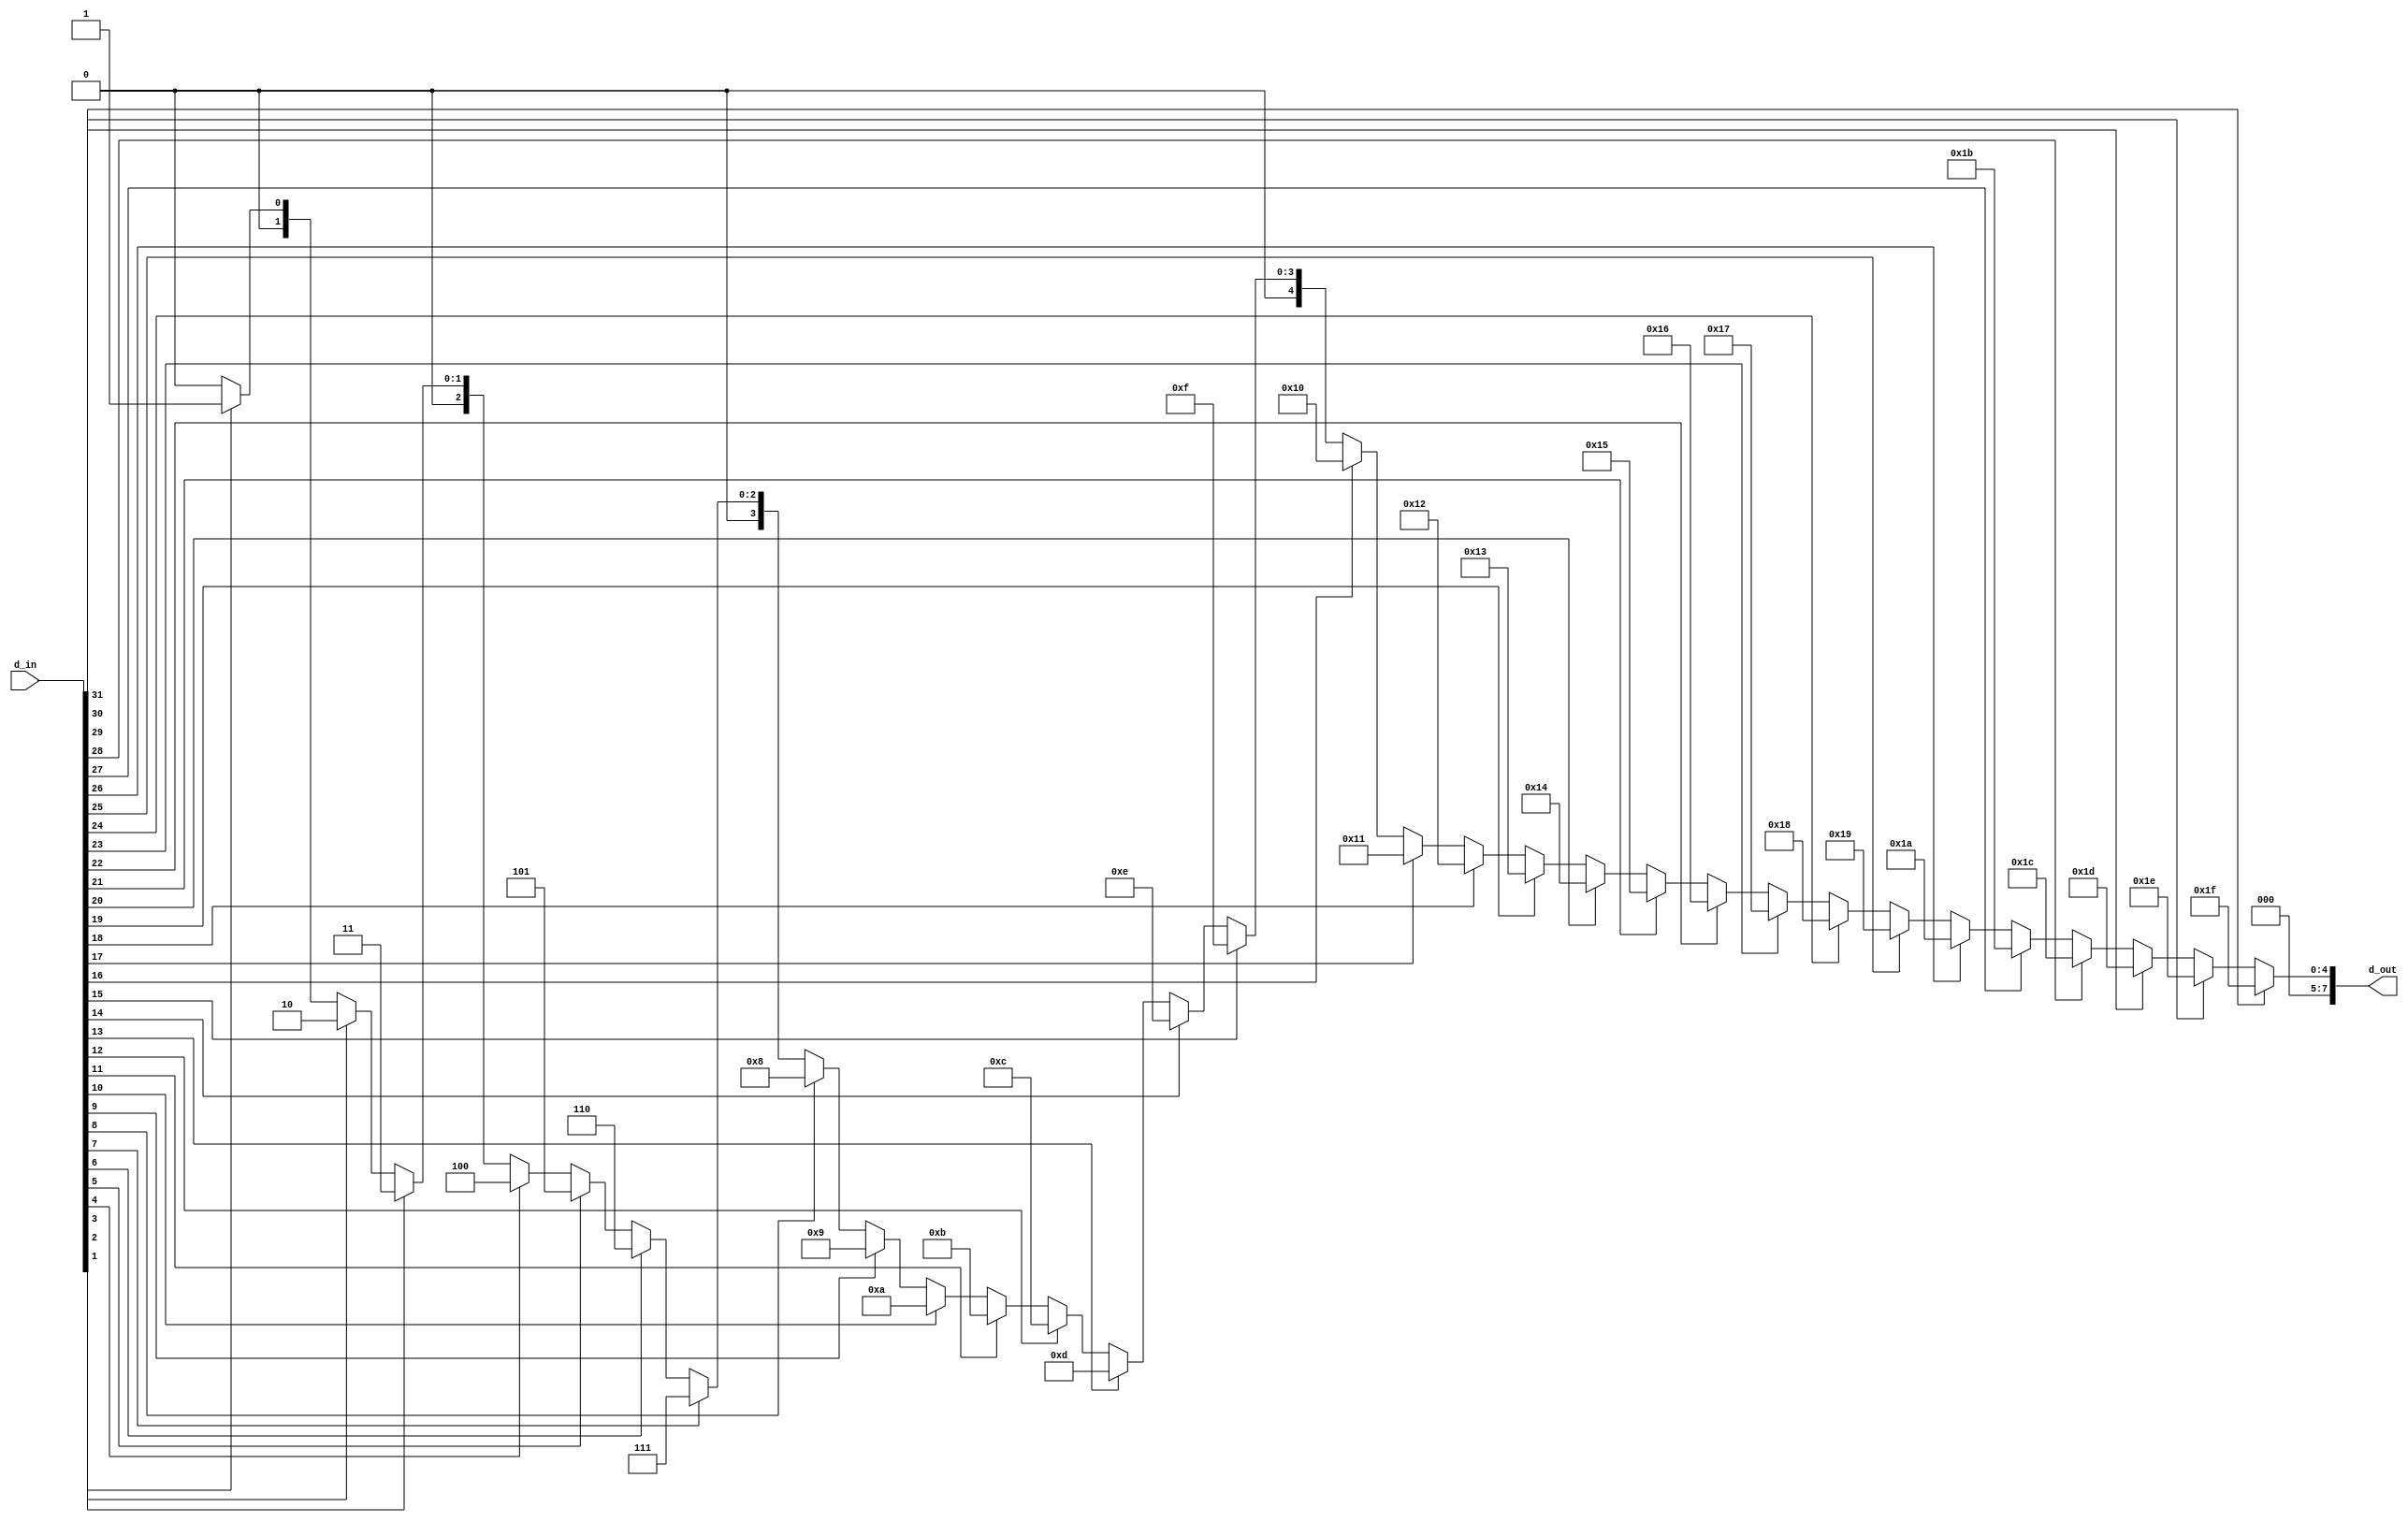
`timescale 1ns / 1ps
//////////////////////////////////////////////////////////////////////////////////
// Company: 
// Engineer: 
// 
// Design Name: 
// Module Name: Priority_Encoder
// Project Name: 
// Target Devices: 
// Tool Versions: 
// Description: 
// 
// Dependencies: 
// 
// Revision:
// Revision 0.01 - File Created
// Additional Comments:
// 
//////////////////////////////////////////////////////////////////////////////////

module Priority_Encoder (

   input wire [31:0] d_in,
   output wire [7:0] d_out
   ); 

    assign d_out = (d_in[31]==1'b1) ? 8'b00011111:                  
                   (d_in[30]==1'b1) ? 8'b00011110:
                   (d_in[29]==1'b1) ? 8'b00011101:
                   (d_in[28]==1'b1) ? 8'b00011100:
                   (d_in[27]==1'b1) ? 8'b00011011:
                   (d_in[26]==1'b1) ? 8'b00011010:
                   (d_in[25]==1'b1) ? 8'b00011001:
                   (d_in[24]==1'b1) ? 8'b00011000:
                   (d_in[23]==1'b1) ? 8'b00010111:
                   (d_in[22]==1'b1) ? 8'b00010110:
                   (d_in[21]==1'b1) ? 8'b00010101:
                   (d_in[20]==1'b1) ? 8'b00010100:
                   (d_in[19]==1'b1) ? 8'b00010011:
                   (d_in[18]==1'b1) ? 8'b00010010:
                   (d_in[17]==1'b1) ? 8'b00010001:
                   (d_in[16]==1'b1) ? 8'b00010000:
                   (d_in[15]==1'b1) ? 8'b00001111:
                   (d_in[14]==1'b1) ? 8'b00001110:
                   (d_in[13]==1'b1) ? 8'b00001101:
                   (d_in[12]==1'b1) ? 8'b00001100:
                   (d_in[11]==1'b1) ? 8'b00001011:
                   (d_in[10]==1'b1) ? 8'b00001010:
                   (d_in[9]==1'b1)  ? 8'b00001001:
                   (d_in[8]==1'b1)  ? 8'b00001000: 
                   (d_in[7]==1'b1)  ? 8'b00000111:
                   (d_in[6]==1'b1)  ? 8'b00000110:
                   (d_in[5]==1'b1)  ? 8'b00000101:
                   (d_in[4]==1'b1)  ? 8'b00000100:
                   (d_in[3]==1'b1)  ? 8'b00000011:
                   (d_in[2]==1'b1)  ? 8'b00000010:
                   (d_in[1]==1'b1)  ? 8'b00000001: 8'b00000000;
                           
endmodule